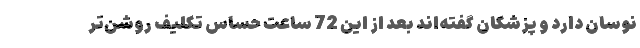
نوسان دارد و پزشکان گفته‌اند بعد از این 72 ساعت حسّاس تکلیف روشن‌تر